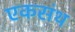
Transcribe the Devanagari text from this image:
एकसंथ